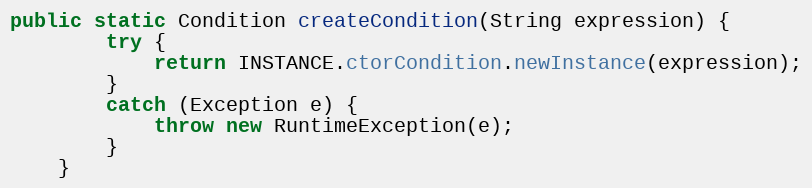
Language: Java
public static Condition createCondition(String expression) {
        try {
            return INSTANCE.ctorCondition.newInstance(expression);
        }
        catch (Exception e) {
            throw new RuntimeException(e);
        }
    }